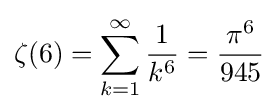
\zeta (6)=\sum _{k=1}^{\infty }{\frac {1}{k^{6}}}={\frac {\pi ^{6}}{945}}